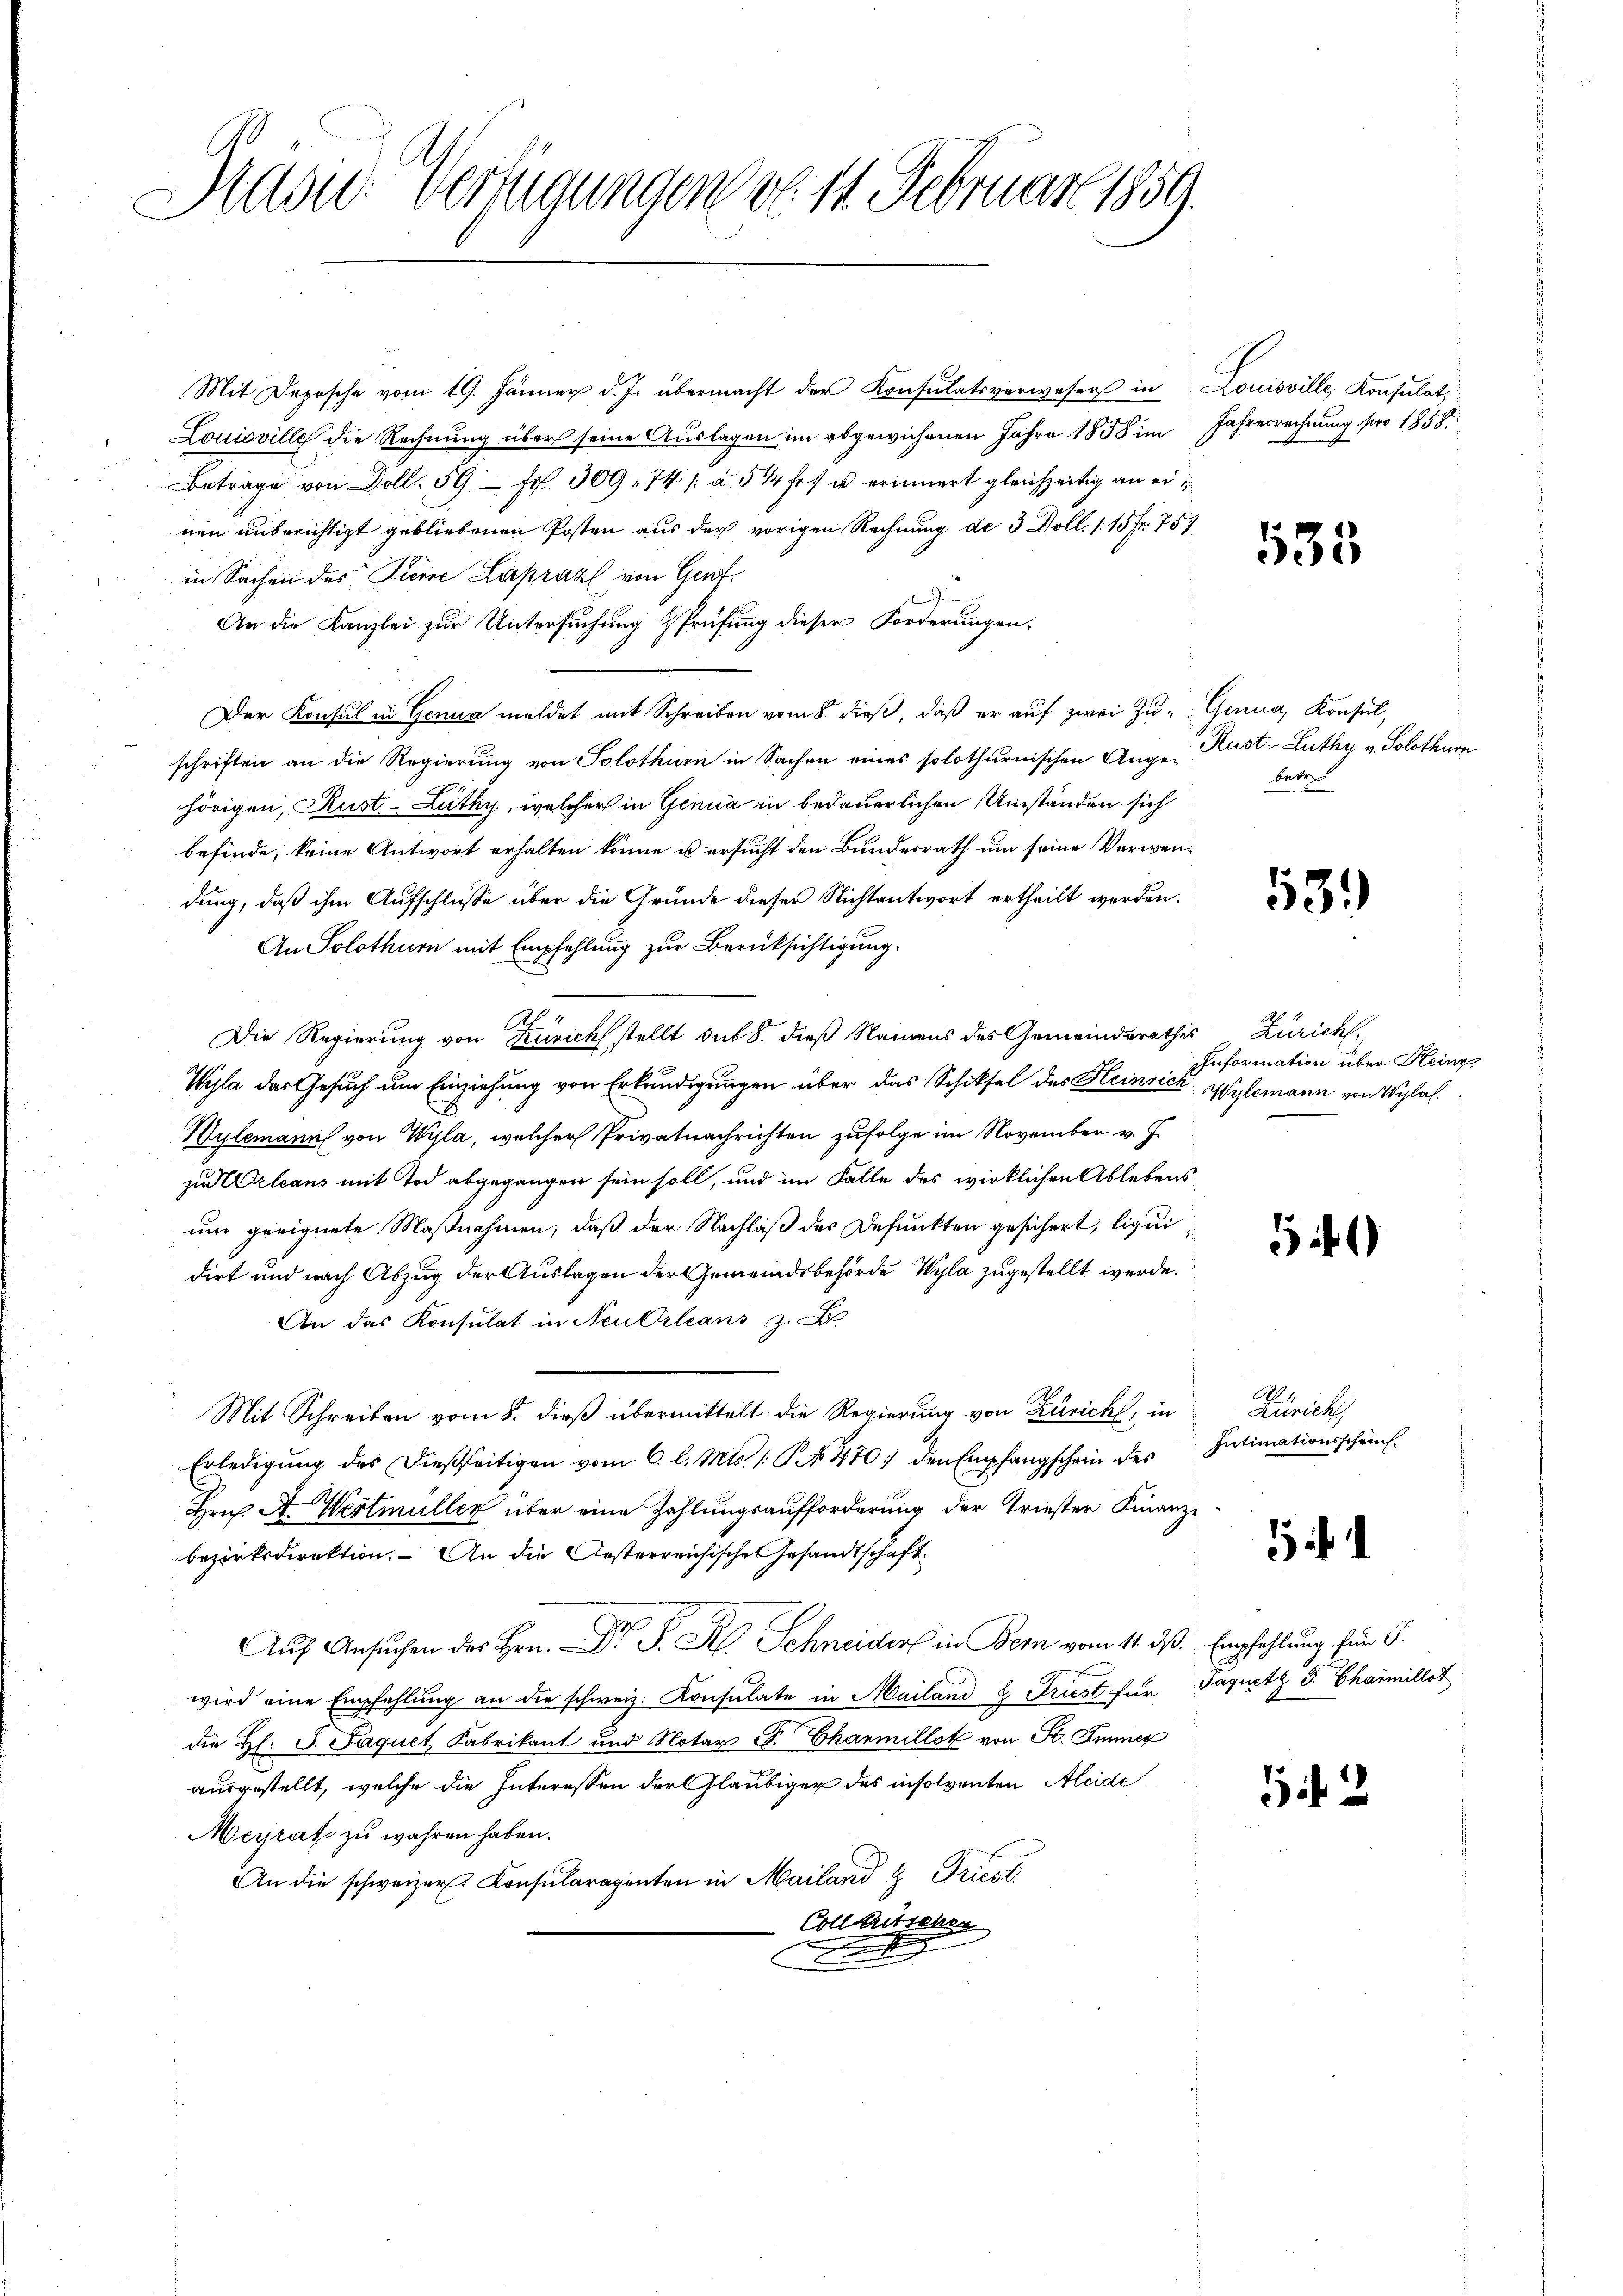
Adon: Verfügungen v. 11. Februar 1859.

Mit Depesche vom 19. Jänner d. Js. übermacht der Konsulatsverweser in
Louisville die Rechnung über seine Auslagen im abgewichenen Jahre 1858 im
Betrage von Doll. 59 - fr. 309. 74 /: a. 514 fr. u erinnert gleichzeitig an ernen unberichtigt gebliebenen Posten aus der vorigen Rechnung der 3 Doll. / 15 Fr. 757
in Sachen des Tiere Laprazl von Gent¬
u
u
An die Kanzlei zur Untersuchung Prüfung dieser Forderungen,
Der Konsul in Genua meldet mit Schreiben vom 8. dieß, daß er auf zwei Zu- Genug, Konsul,
schriften an die Regierung von Solothurn in Sachen eines solothurnischen Ange-
hörigen, Aust-Lüthy, welcher in Genua in bedauerlichen Umständen sich
befinde, keine Antwort erhalten könne u ersucht den Bundesrath um seine Verwendung, daß ihm Aufschlüsse über die Gründe dieser Nichtantwort ertheilt werden.
An Solothur mit Empfehlung zur Berücksichtigung.
Die Regierung von Zürich stellt sub 8. dieß Namens des Gemeinderathes
Wyla das Gesuch um Einziehung von Erkundigungen über das Schiksel des Heinrich
Wylemann von Wyla, welcher Privatnachrichten zufolge im November v. J.
zu Orleans mit Tod abgegangen sein soll, und im Falle des wirklichen Ablebens
um geeignete Maßnahmen, daß der Nachlaß des Defunkten gesichert, liqui
dirt und nach Abzug der Auslagen der Gemeindsbehörde Wyla zugestellt werde.
An das Konsulat in Neu Orleans z. B.
Mit Schreiben vom 8. dieß übermittelt die Regierung von Zürich, in
Erledigung des dießseitigen vom 6. l. Mts. 1. P. N. 470; den Empfangschein des
Hrn. A. Wertmüller über eine Zahlungsaufforderung der Triester Finanze
bezirksdirektion. An die Gesterreichische Gesandtschaft
Auf Ansuchen des Hrn. Dr. P. R. Schneiders in Bern vom 11. ds. Empfehlung für G.
wird eine Empfehlung an die schweiz. Konsulate in Mailand 8 Friest für Jaquetz v. Chaimillot
die Hl. S. Paquet Fabrikant und Notar P. Charmillet von St. Immer
ausgestellt, welche die Interessen der Gläubiger des insolventen Aleide
Meyrat zu wahren haben.
An die schweizer Konsularagenten in Mailand & Friest
cn ausgehen

Louisville, Konsulat,
Jahresrechnung pro 1858.

535

Rust- Lüthy v. Solothurn
betr

531)

Zürich,
Information über Heinr
Wylemann von Wyla.

51)

Zürich,
Intimationsschein.

5 f 2